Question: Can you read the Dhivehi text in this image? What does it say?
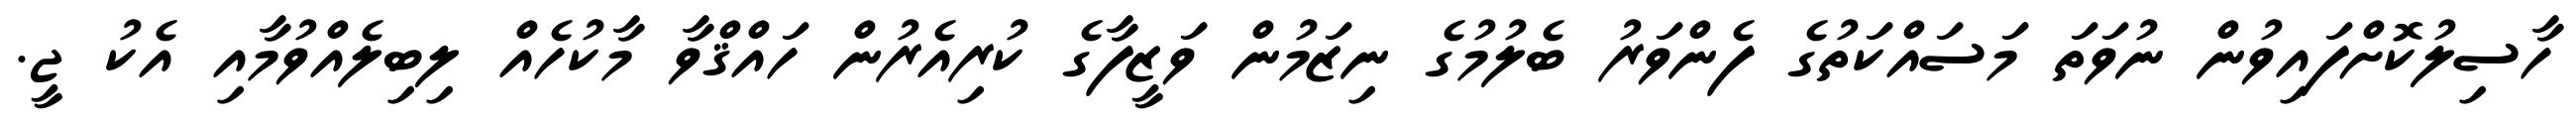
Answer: ހާސިލުކޮށްފައިވުން ނުވަތަ މަސައްކަތުގެ ފެންވަރު ބެލުމުގެ ނިޒަމުން ވަޒީފާގެ ކުރިއެރުން ހައްޤްވާ މާކުހެއް ލިބިލެއްވުމާއި އެކު ޖީ.